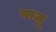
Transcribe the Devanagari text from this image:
नाजू